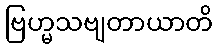
ဗြဟ္မသဗျတာယာတိ